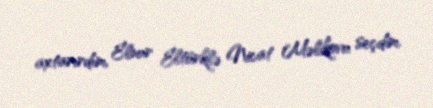
axtarırdım, Elnur Eltürklə Nicat Məlikovu seçdim.